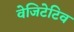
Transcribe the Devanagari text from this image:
वेजिटेटिव